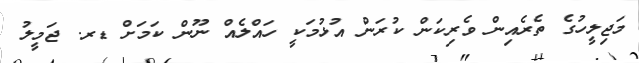
މަޖިލީހުގެ ތެރެއިން ވެރިކަން ކުރަން އުޅުމަކީ ހައްލެއް ނޫން ކަމަށް ޑރ. ޖަމީލު